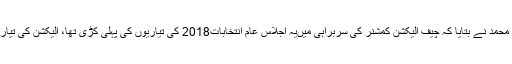
اجلاس کے بعد میڈیا سے بات کرتے ہوئے سیکرٹری الیکشن کمشن بابریعقوب فتح محمد نے بتایا کہ چیف الیکشن کمشنر کی سربراہی میںیہ اجلاس عام انتخابات2018 کی تیاریوں کی پہلی کڑی تھا، الیکشن کی تیاریوں کا کام شروع کردیا گیا ہے تاہم الیکشن کی تاریخ کا اعلان ابھی نہیں کرسکتے۔